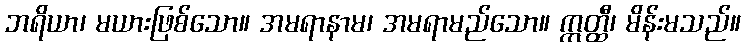
ဘရိယာ၊ မယားဖြစ်သော။ အမရာနာမ၊ အမရာမည်သော။ ဣတ္ထီ၊ မိန်းမသည်။